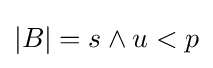
|B|=s\wedge u<p